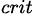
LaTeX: _{crit}